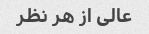
عالی از هر نظر